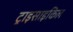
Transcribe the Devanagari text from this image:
ट्राइसाइकिल